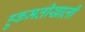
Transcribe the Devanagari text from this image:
हुकमतीखाली